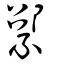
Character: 綤